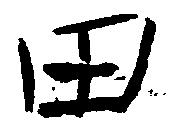
田